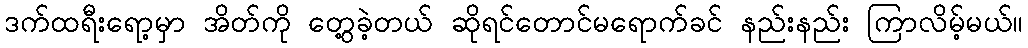
ဒက်ထရီးရော့မှာ အိတ်ကို တွေ့ခဲ့တယ် ဆိုရင်တောင်မရောက်ခင် နည်းနည်း ကြာလိမ့်မယ်။